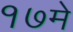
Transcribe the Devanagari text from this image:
१७मे